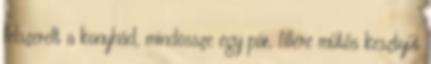
felszerelt a konyhád, mindössze egy pár, fillére műtős kesztyűt